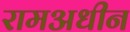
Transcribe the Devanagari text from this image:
रामअधीन